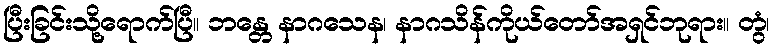
ပြီးခြင်းသို့ရောက်ပြီ။ ဘန္တေ နာဂသေန၊ နာဂသိန်ကိုယ်တော်အရှင်ဘုရား။ တွံ၊